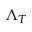
\Lambda _ { T }